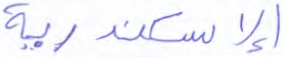
الإسكندرية